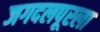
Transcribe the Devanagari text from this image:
जगदलपूरला